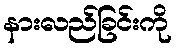
နားလည်ခြင်းကို